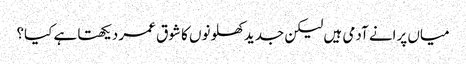
میاں پرانے آدمی ہیں لیکن جدید کھلونوں کا شوق عمر دیکھتا ہے کیا؟